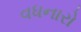
વધનારો